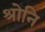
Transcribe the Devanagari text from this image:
श्रोनि